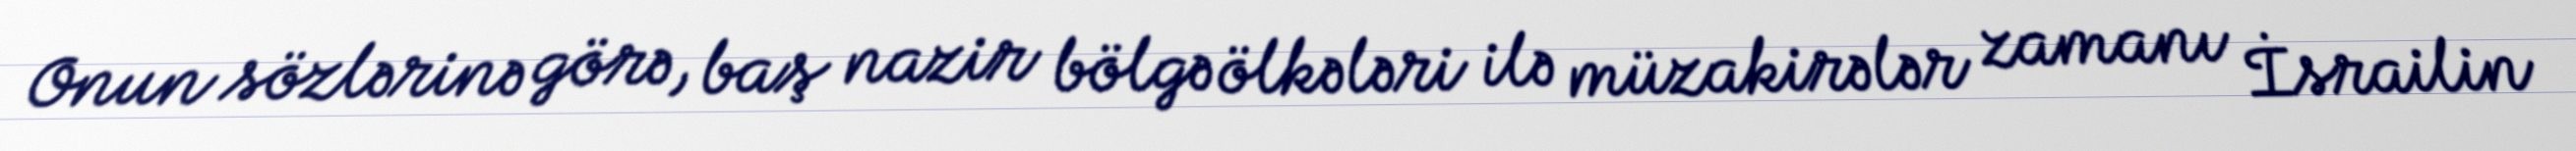
Onun sözlərinə görə, baş nazir bölgə ölkələri ilə müzakirələr zamanı İsrailin